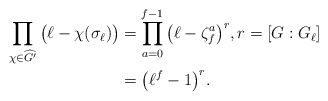
\begin{align*}\prod_{\chi \in \widehat{G'}} \big( \ell - \chi(\sigma_{\ell}) \big) &= \prod_{a=0}^{f-1} \big( \ell- \zeta_f^a \big)^r , r=[G:G_{\ell}] \\&= \big( \ell^f -1 \big)^r.\end{align*}